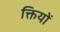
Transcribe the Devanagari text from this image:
क्तियों